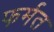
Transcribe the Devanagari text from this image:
फर्मत